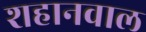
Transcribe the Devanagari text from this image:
शहानवाल